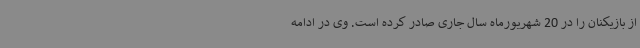
از بازیکنان را در 20 شهریورماه سال جاری صادر کرده است. وی در ادامه